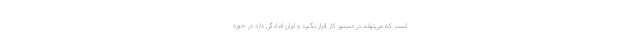
است که می‌تواند در دستور کار قرار بگیرد و ایران آمادگی دارد در حوزه